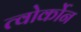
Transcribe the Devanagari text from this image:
त्वोर्कोन